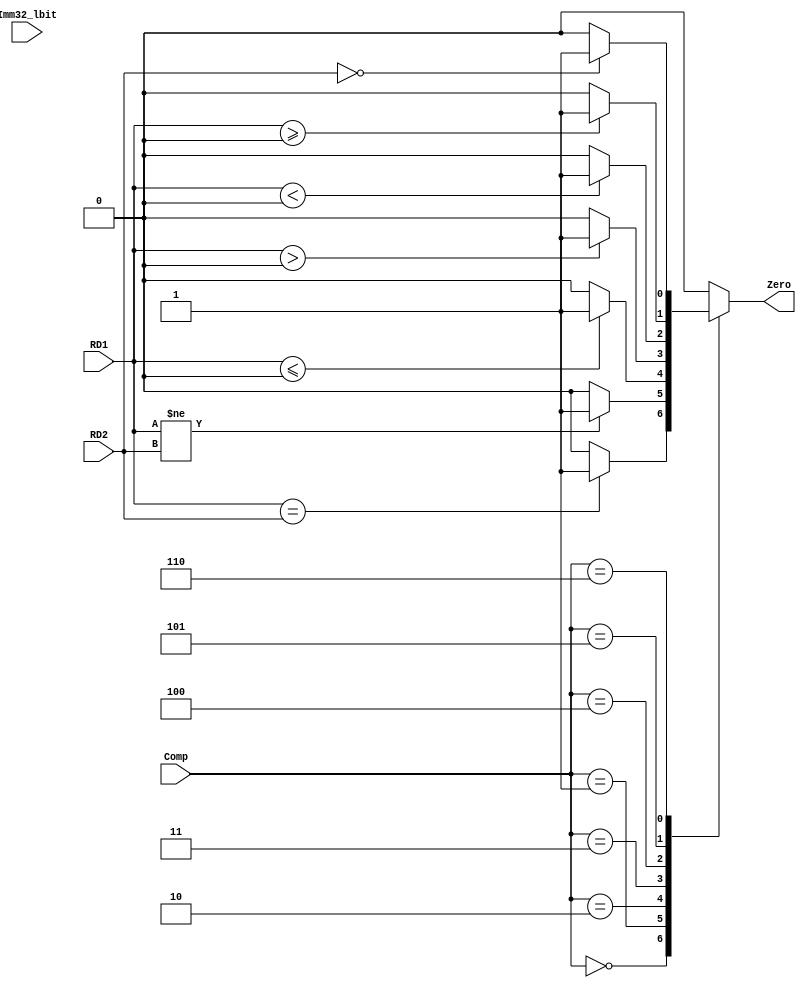
`timescale 1ns / 1ps

module Compare(RD1, RD2, Imm32_lbit, Comp, Zero);
	
	input signed [31:0] RD1;
	input signed [31:0] RD2;
	input signed [31:0] Imm32_lbit;
	
	input [2:0] Comp;
	
	output reg Zero;
	
	initial begin
		Zero = 0;
	end
	
	always @(*) begin
		case (Comp)
			3'b000: Zero = (RD1 == RD2) ? 1 : 0;//beq
			3'b001: Zero = (RD1 != RD2) ? 1 : 0;//bne
			3'b010: Zero = (RD1 <= $signed(32'h0000_0000)) ? 1 : 0;//blez
			3'b011: Zero = (RD1 > $signed(32'h0000_0000)) ? 1 : 0;//bgtz
			3'b100: Zero = (RD1 < $signed(32'h0000_0000)) ? 1 : 0;//bltz
			3'b101: Zero = (RD1 >= $signed(32'h0000_0000)) ? 1 : 0;//bgez
			3'b110: Zero = (RD2 == 0) ? 1 : 0; //movz
			default: Zero = 0;
		endcase
	end


endmodule